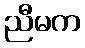
ညီမက